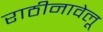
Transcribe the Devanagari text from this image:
राठीनावेलू